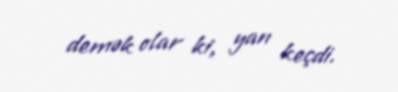
demək olar ki, yan keçdi.